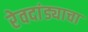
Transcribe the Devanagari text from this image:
रेवदांड्याचा